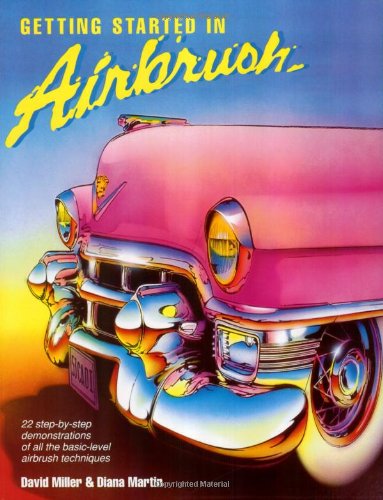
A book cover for Getting Started in Airbrush; David Miller; Arts & Photography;